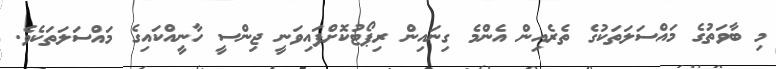
މި ބާވަތުގެ މައްސަލަތަކުގެ ތެރެއިން އެންމެ ގިނައިން ރިޕޯޓުކޮށްފައިވަނީ ޖިންސީ ހާނީއްކައިގެ މައްސަލަތަކެވެ.